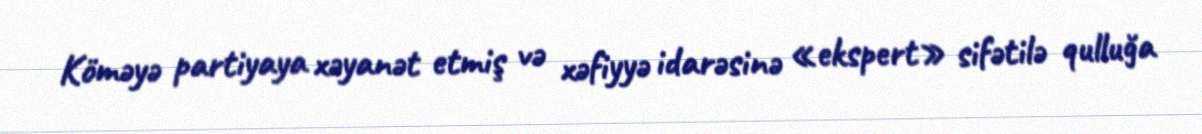
Köməyə partiyaya xəyanət etmiş və xəfiyyə idarəsinə «ekspert» sifətilə qulluğa